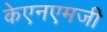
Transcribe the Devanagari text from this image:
केएनएमजी